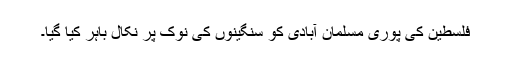
فلسطین کی پوری مسلمان آبادی کو سنگینوں کی نوک پر نکال باہر کیا گیا۔